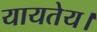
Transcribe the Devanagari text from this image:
यायतेय।